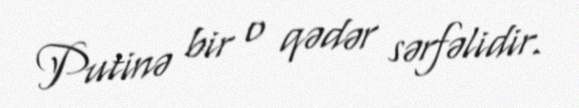
Putinə bir o qədər sərfəlidir.